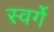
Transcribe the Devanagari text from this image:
स्वर्गे